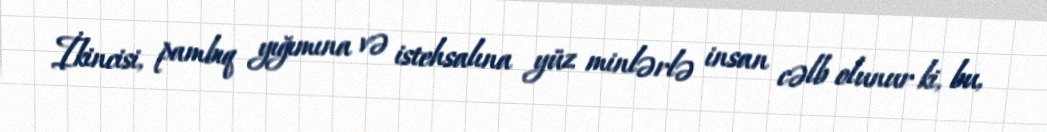
İkincisi, pambıq yığımına və istehsalına yüz minlərlə insan cəlb olunur ki, bu,